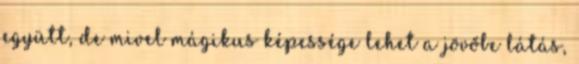
együtt, de mivel mágikus képessége lehet a jövőbe látás,